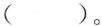
( )。